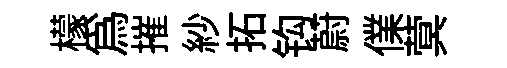
檬為摧紗拓钩蔚㒒蓂